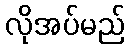
လိုအပ်မည်